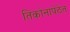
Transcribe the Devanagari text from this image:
तिकोनापेठेत